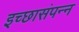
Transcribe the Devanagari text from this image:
इच्छासंपन्न